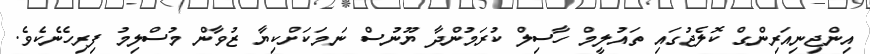
އިންޖިނިއަރިންގް ކޮލެޖުގައި ތައުލީމް ހާސިލް ކުރަމުންދާ ޔޫނުސް ނަމަކަށްކިޔާ ޒުވާން މުސްލިމު ފިރިހެނެކެވެ.